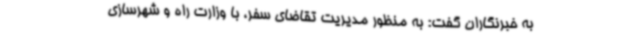
به خبرنگاران گفت: به منظور مدیریت تقاضای سفر، با وزارت راه و شهرسازی